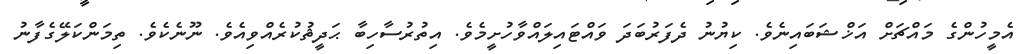
އެމީހުންގެ މައްޗަށް އަޚްޝަބައިނެވެ. ކިޔުނު ދެފަރުބަދަ ވައްޓައިލައްވާހުށީމެވެ. އިތުރުސާހިބާ ޙަދީޘުކުރެއްވިއެވެ. ނޫނެކެވެ. ތިމަންކަލޭގެފާނު